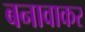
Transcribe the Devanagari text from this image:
बनावाकर